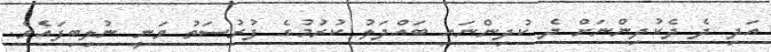
އަދި ދެ ދެކުދިންނަށް ދެ ކުދިންނައި ބައްދަލު ކުރުމުގެ ފުރުސަތު ވަނީ ނުލިބިފައެވެ.